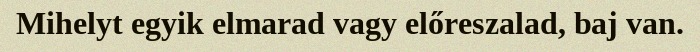
Mihelyt egyik elmarad vagy előreszalad, baj van.